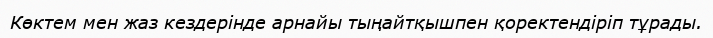
Көктем мен жаз кездерінде арнайы тыңайтқышпен қоректендіріп тұрады.